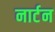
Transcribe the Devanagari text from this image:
नार्टन